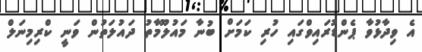
އެ ވިދާޅުވާ ޕެންޑުރައިވްގައި ހުރި ކަމަށް ބުނާ މައުލޫމާތު ދައުލަތުން ވަނީ ކްރިމިނަލް